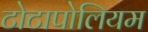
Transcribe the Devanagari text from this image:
टोटापोलियम